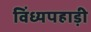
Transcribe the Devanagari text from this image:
विंध्यपहाड़ी